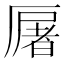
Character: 𠪡